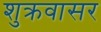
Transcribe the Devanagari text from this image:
शुक्रवासर